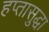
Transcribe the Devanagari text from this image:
हप्तासुद्धा